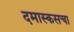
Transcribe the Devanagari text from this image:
दमास्कसचा